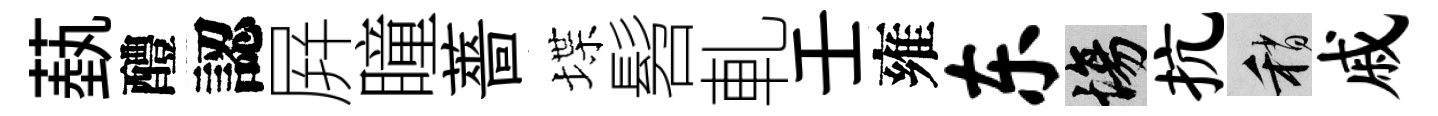
蓺醴認屛瞳薔堞髫軋壬雍东場抗稍戚